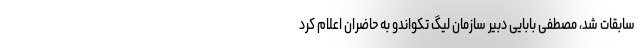
سابقات شد، مصطفی بابایی دبیر سازمان لیگ تکواندو به حاضران اعلام کرد